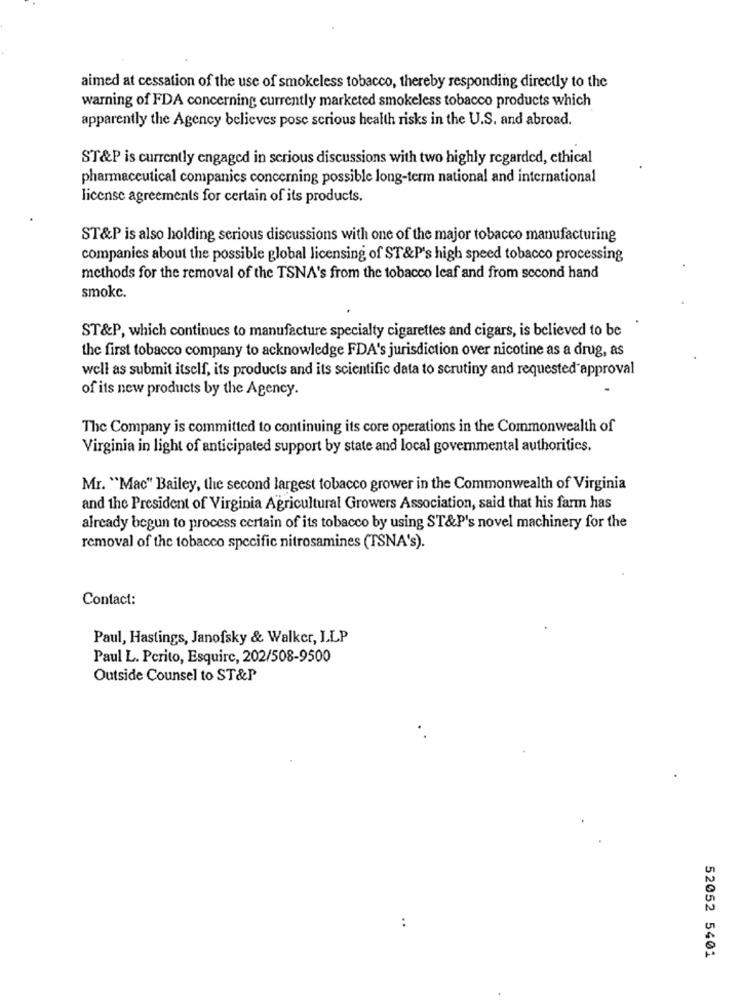
aimed at cessation of the use of smokeless tobacco, thereby responding directly to the
warning of FDA concerning currently marketed smokeless tobacco products which
apparently the Agency believes pose serious health risks in the U.S. and abroad.
ST&P is currently engaged in serious discussions with two highly regarded, ethical
pharmaceutical companies concerning possible long-term national and international
license agreements for certain of its products.
ST&P is also holding serious discussions with one of the major tobacco manufacturing
companies about the possible global licensing of ST&P's high speed tobacco processing
methods for the removal of the TSNA's from the tobacco leaf and from second hand
smokc.
ST&P, which continues to manufacture specialty cigarettes and cigars, is believed to be
the first tobacco company to acknowledge FDA's jurisdiction over nicotine as a drug, as
well as submit itself, its products and its scientific data to scrutiny and requested approval
of its new products by the Agency.
The Company is committed to continuing its core operations in the Commonwealth of
Virginia in light of anticipated support by state and local governmental authorities.
Mr. "Mac" Bailey, the second largest tobacco grower in the Commonwealth of Virginia
and the President of Virginia Agricultural Growers Association, said that his farm has
already begun to process certain of its tobacco by using ST&P's novel machinery for the
removal of the tobacco specific nitrosamines (TSNA's).
Contact:
Paul, Hastings, Janofsky & Walker, ILP
Paul L. Perito, Esquire, 202/508-9500
Outside Counsel to ST&P
..
52052 5401